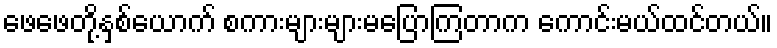
ဖေဖေတို့နှစ်ယောက် စကားများများမပြောကြတာက ကောင်းမယ်ထင်တယ်။